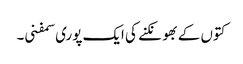
کتوں کے بھونکنے کی ایک پوری سمفنی۔